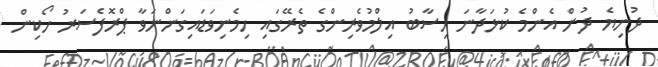
ދުނިޔެ ދުށް އެންމެ ކުޅަދާނަ ހިސާބު އިލްމުވެރިންގެ ތެރޭގައި ހިމެނިވަޑައިގަންނަވާ ޕްރޮފެސަރު ހޯކިން